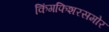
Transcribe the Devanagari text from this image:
किंगफिशरसमोर